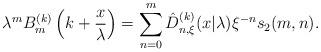
LaTeX: \begin{align*} \lambda^m B_m^{(k)} \left(k+ \frac{x}{\lambda} \right)= \sum_{n=0}^m \hat{D}_{n,\xi}^{(k)} (x|\lambda) \xi^{-n} s_2 (m,n).\end{align*}